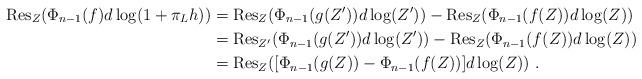
LaTeX: \begin{align*} \mathrm{Res}_Z(\Phi_{n-1}(f)d\log(1+\pi_L h)) & = \mathrm{Res}_Z(\Phi_{n-1}(g(Z'))d\log(Z'))-\mathrm{Res}_Z(\Phi_{n-1}(f(Z))d\log(Z)) \\ & = \mathrm{Res}_{Z'}(\Phi_{n-1}(g(Z'))d\log(Z'))-\mathrm{Res}_Z(\Phi_{n-1}(f(Z))d\log(Z)) \\ & = \mathrm{Res}_{Z}([\Phi_{n-1}(g(Z))-\Phi_{n-1}(f(Z))]d\log(Z)) \ .\end{align*}